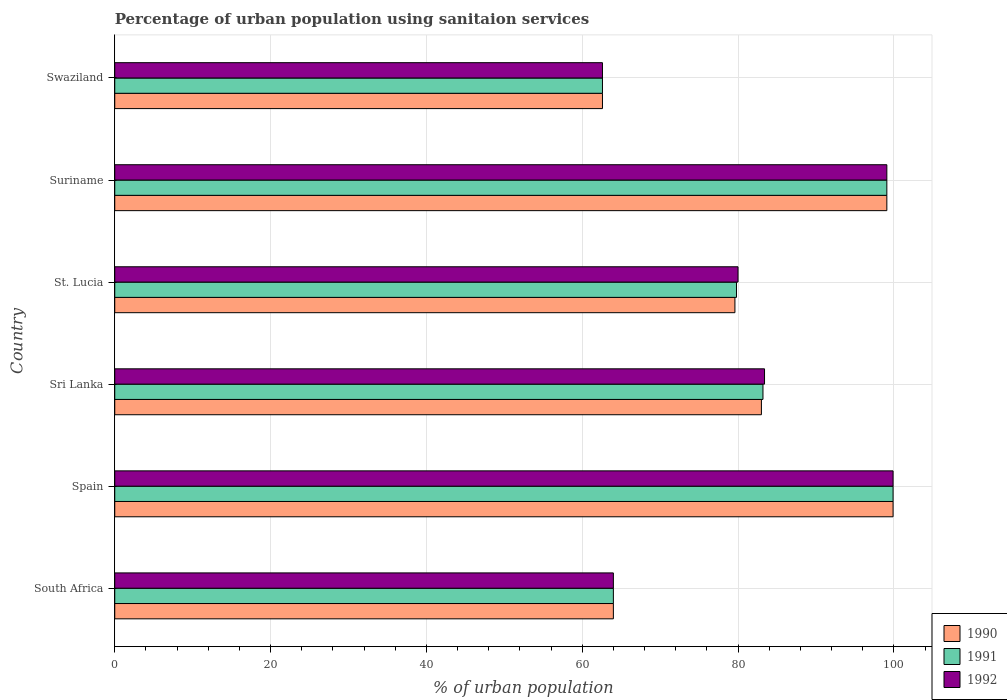
| Country | 1990 | 1991 | 1992 |
 | --- | --- | --- | --- |
 | South Africa | 64 | 64 | 64 |
 | Spain | 99.9 | 99.9 | 99.9 |
 | Sri Lanka | 83 | 83.2 | 83.4 |
 | St. Lucia | 79.6 | 79.8 | 80 |
 | Suriname | 99.1 | 99.1 | 99.1 |
 | Swaziland | 62.6 | 62.6 | 62.6 |